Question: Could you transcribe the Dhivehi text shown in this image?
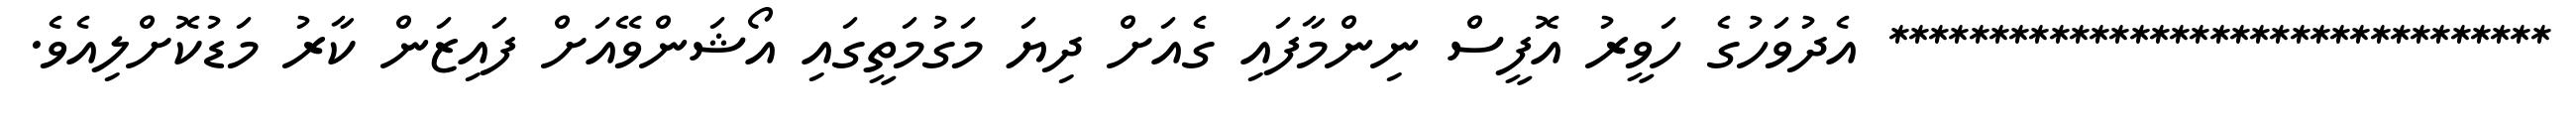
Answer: ********************************* އެދުވަހުގެ ހަވީރު އޮފީސް ނިންމާފައި ގެއަށް ދިޔަ މަގުމަތީގައި އޯޝަންވޭއަށް ފައިޒަން ކާރު މަޑުކޮށްލިއެވެ.